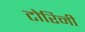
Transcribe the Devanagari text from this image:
टोरिनी